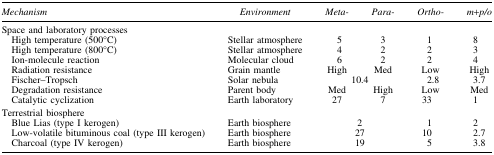
<table><thead><tr><td><b><i>Mechanism</i></b></td><td><b><i>Environment</i></b></td><td><b><i>Meta-</i></b></td><td><b><i>Para-</i></b></td><td><b><i>Ortho-</i></b></td><td><b><i>m+p/o</i></b></td></tr></thead><tbody><tr><td colspan="6">Space and laboratory processes</td></tr><tr><td> High temperature (500°C)</td><td>Stellar atmosphere</td><td>5</td><td>3</td><td>1</td><td>8</td></tr><tr><td> High temperature (800°C)</td><td>Stellar atmosphere</td><td>4</td><td>2</td><td>2</td><td>3</td></tr><tr><td> Ion-molecule reaction</td><td>Molecular cloud</td><td>6</td><td>2</td><td>2</td><td>4</td></tr><tr><td> Radiation resistance</td><td>Grain mantle</td><td>High</td><td>Med</td><td>Low</td><td>High</td></tr><tr><td> Fischer–Tropsch</td><td>Solar nebula</td><td colspan="2">10.4</td><td>2.8</td><td>3.7</td></tr><tr><td> Degradation resistance</td><td>Parent body</td><td>Med</td><td>High</td><td>Low</td><td>Med</td></tr><tr><td> Catalytic cyclization</td><td>Earth laboratory</td><td>27</td><td>7</td><td>33</td><td>1</td></tr><tr><td colspan="6">Terrestrial biosphere</td></tr><tr><td> Blue Lias (type I kerogen)</td><td>Earth biosphere</td><td colspan="2">2</td><td>1</td><td>2</td></tr><tr><td> Low-volatile bituminous coal (type III kerogen)</td><td>Earth biosphere</td><td colspan="2">27</td><td>10</td><td>2.7</td></tr><tr><td> Charcoal (type IV kerogen)</td><td>Earth biosphere</td><td colspan="2">19</td><td>5</td><td>3.8</td></tr></tbody></table>